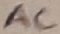
Text: AC